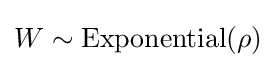
W\sim \operatorname {Exponential} (\rho )